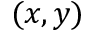
( x , y )